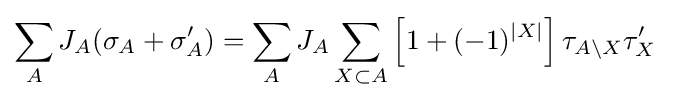
{\begin{aligned}\sum _{A}J_{A}(\sigma _{A}+\sigma '_{A})&=\sum _{A}J_{A}\sum _{X\subset A}\left[1+(-1)^{|X|}\right]\tau _{A\setminus X}\tau '_{X}\end{aligned}}